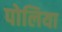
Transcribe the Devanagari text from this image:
पोलिया